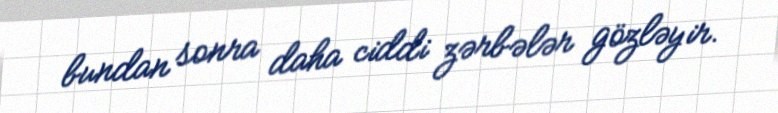
bundan sonra daha ciddi zərbələr gözləyir.